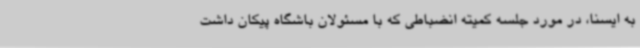
به ایسنا، در مورد جلسه کمیته انضباطی که با مسئولان باشگاه پیکان داشت